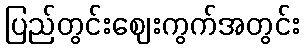
ပြည်တွင်းဈေးကွက်အတွင်း